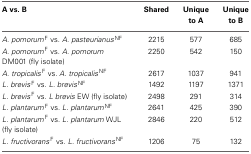
| A vs. B | Shared | Unique to A | Unique to B |
 | --- | --- | --- | --- |
 | A. pomorumF vs. A. pasteurianusNF | 2215 | 577 | 685 |
 | A. pomorumF vs. A. pomorum DM001 (fly isolate) | 2250 | 542 | 150 |
 | A. tropicalisF vs. A. tropicalisNF | 2617 | 1037 | 941 |
 | L. brevisF vs. L. brevisNF | 1492 | 1197 | 1371 |
 | L. brevisF vs. L brevis EW (fly isolate) | 2498 | 291 | 314 |
 | L. plantarumF vs. L. plantarumNF | 2641 | 425 | 390 |
 | L. plantarumF vs. L. plantarum WJL (fly isolate) | 2846 | 220 | 512 |
 | L. fructivoransF vs. L. fructivoransNF | 1206 | 75 | 132 |